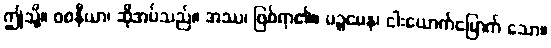
ဤသို့။ ဝစနီယာ၊ ဆိုအပ်သည်။ အဿ၊ ဖြစ်ရာ၏။ ပဉ္စမေန၊ ငါးယောက်မြောက် သော။